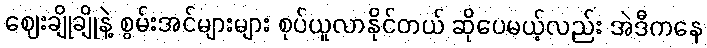
ဈေးချိုချိုနဲ့ စွမ်းအင်များများ စုပ်ယူလာနိုင်တယ် ဆိုပေမယ့်လည်း အဲဒီကနေ